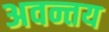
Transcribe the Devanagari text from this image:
अवन्तय